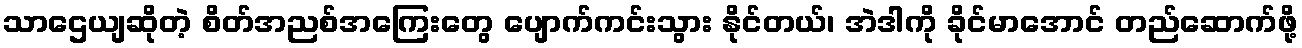
သာဌေယျဆိုတဲ့ စိတ်အညစ်အကြေးတွေ ပျောက်ကင်းသွား နိုင်တယ်၊ အဲဒါကို ခိုင်မာအောင် တည်ဆောက်ဖို့